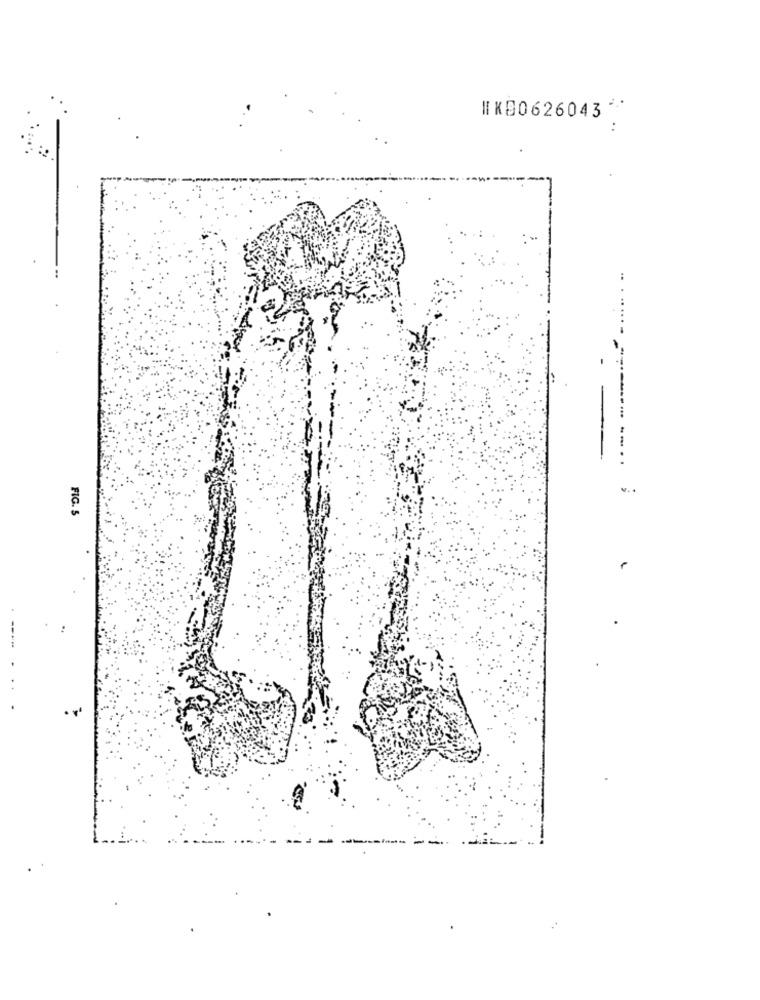
IK80626043
:"- -----..
FIG. 5